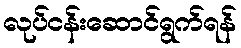
လုပ်ငန်းဆောင်ရွက်ရန်